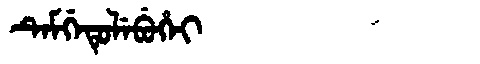
Manchu: ᡨᡝᠮᡤᡝᡨᡠᠯᡝᠪᡠᡥᡝᡳ
Romanization: TEMGETULEBUHEI